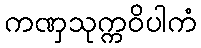
ကဏှသုက္ကဝိပါကံ